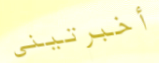
أخبرتيني